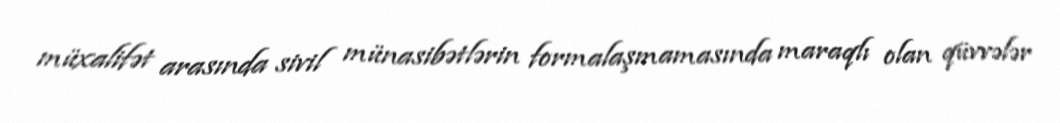
müxalifət arasında sivil münasibətlərin formalaşmamasında maraqlı olan qüvvələr